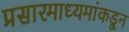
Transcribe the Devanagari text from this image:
प्रसारमाध्यमांकडून